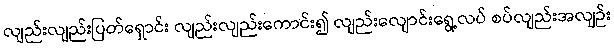
လျည်းလျည်းပြတ်ရှောင်း လျည်းလျည်းကောင်း၍ လျည်းလျောင်းရွေ့လပ် စပ်လျည်းအလျဉ်း